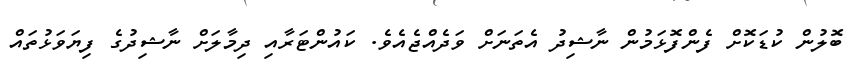
ބޮލުން ކުޑަކޮށް ފެންފޮޅަމުން ނާޝިދު އެތަނަށް ވަދެއްޖެއެވެ. ކައުންޓަރާއި ދިމާލަށް ނާޝިދުގެ ފިޔަވަޅުތައް